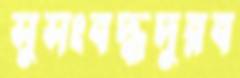
সুসংবদ্ধদুরব